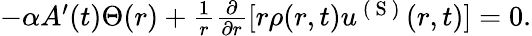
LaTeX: \begin{array}{r}{-\alpha A^{\prime}(t)\Theta(r)+\frac{1}{r}\frac{\partial}{\partial r}[r\rho(r,t)u^{\mathrm{~(~S~)~}}(r,t)]=0.}\end{array}